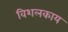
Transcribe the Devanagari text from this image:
विशलकाय